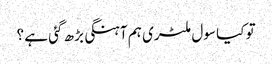
تو کیا سول ملٹری ہم آہنگی بڑھ گئی ہے ؟